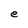
Character: e